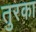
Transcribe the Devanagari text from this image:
तुरका